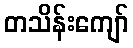
တသိန်းကျော်